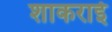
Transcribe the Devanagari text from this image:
शाकराई